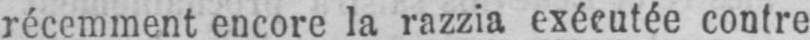
récemment encore la razzia exécutée contre